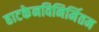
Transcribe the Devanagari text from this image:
हाटकेनविनिर्मितम